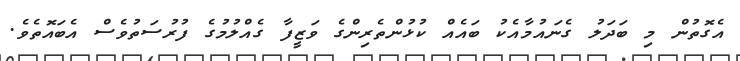
އެގޮތުން މި ބަދަލު ގެނައުމާއެކު ބައެއް ކުޅުންތެރިންގެ ވަޒީފާ ގެއްލުމުގެ ފުރުސަތުވެސް އެބައޮތެވެ.